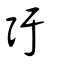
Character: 弙